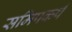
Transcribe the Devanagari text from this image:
समिपकर्ष